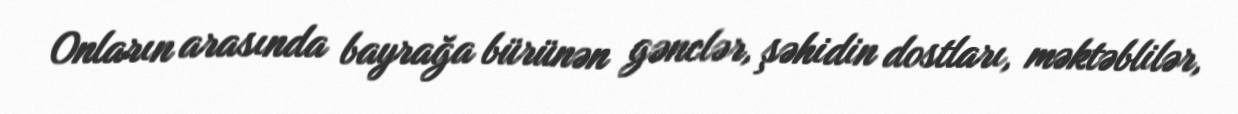
Onların arasında bayrağa bürünən gənclər, şəhidin dostları, məktəblilər,